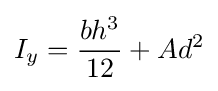
I_{y}={\frac {bh^{3}}{12}}+Ad^{2}